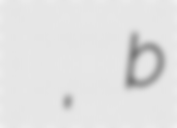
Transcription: Сергей Чернышев, b